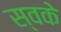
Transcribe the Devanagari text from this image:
स्वके